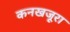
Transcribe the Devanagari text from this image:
कनखजूरा